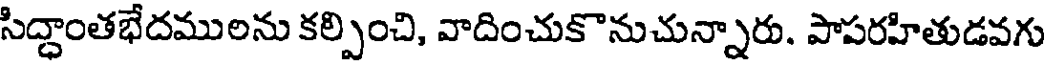
సిద్దాంతభేదములను కల్పించి, వాదించుకొనుచున్నారు. పాపరహితుడవగు